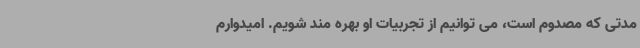
مدتی که مصدوم است، می توانیم از تجربیات او بهره مند شویم. امیدوارم